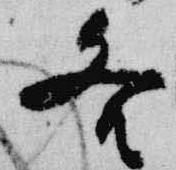
各